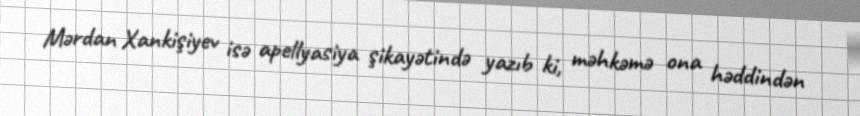
Mərdan Xankişiyev isə apellyasiya şikayətində yazıb ki, məhkəmə ona həddindən